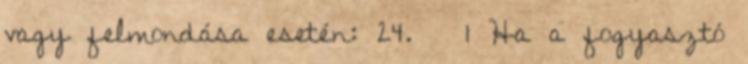
vagy felmondása esetén: 24. § 1 Ha a fogyasztó